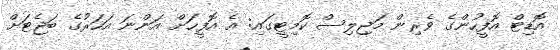
އޮޑިޓް އޮފީހުންގެ ވެރިން މަޖިލިސް ކޮމިޓީގައި: އެ އޮފީހަށް އަންނަ އަހަރުގެ ބަޖެޓަށް